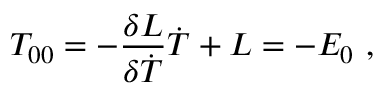
T _ { 0 0 } = - { \frac { \delta { { \cal L } } } { \delta \dot { T } } } \dot { T } + { \cal L } = - E _ { 0 } \ ,